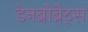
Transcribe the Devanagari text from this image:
डेनब्रोब्रेट्स